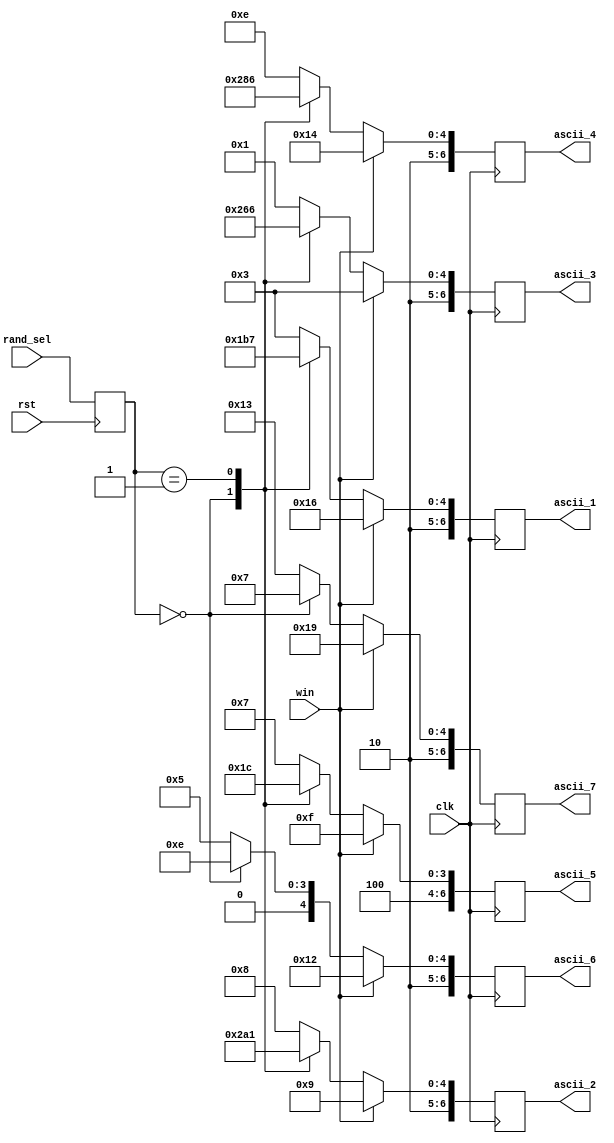
`timescale 1ns / 1ps
//////////////////////////////////////////////////////////////////////////////////
// Company: 
// Engineer: 
// 
// Design Name: 
// Module Name:    word_gen 
// Project Name: 
// Target Devices: 
// Tool versions: 
// Description: 
//
// Dependencies: 
//
// Revision: 
// Revision 0.01 - File Created
// Additional Comments: 
//
//////////////////////////////////////////////////////////////////////////////////
module word_gen(input clk,
					input rst,
					input[1:0] rand_sel,
					input win,
					output reg[6:0] ascii_1,
					output reg[6:0] ascii_2,
					 output reg[6:0] ascii_3,
					 output reg[6:0] ascii_4,   
					 output reg[6:0] ascii_5,
					 output reg[6:0] ascii_6,
					 output reg[6:0] ascii_7
    );
	 
	reg[1:0] word; //word select
	always@(posedge rst) begin
		word <= rand_sel;
	end

 always @(posedge (clk)) begin
	if(win == 0) begin

	case(word)
		2'b00: begin
			ascii_1 <= 7'b1001101; // M
			ascii_2 <= 7'b1010101; // U
			ascii_3 <= 7'b1010011; // S
			ascii_4 <= 7'b1010100; // T
			ascii_5 <= 7'b1000001; // A
			ascii_6 <= 7'b1001110; // N
			ascii_7 <= 7'b1000111; // G
		end
	  2'b01: begin
      ascii_1 <= 7'b1010111; // W
      ascii_2 <= 7'b1000001; // A
      ascii_3 <= 7'b1000110; // F
      ascii_4 <= 7'b1000110; // F
      ascii_5 <= 7'b1001100; // L
      ascii_6 <= 7'b1000101; // E
      ascii_7 <= 7'b1010011; // S
    end
	  2'b11: begin
      ascii_1 <= 7'b1000011; // C
      ascii_2 <= 7'b1001000; // H
      ascii_3 <= 7'b1000001; // A
      ascii_4 <= 7'b1001110; // N
      ascii_5 <= 7'b1000111; // G
      ascii_6 <= 7'b1000101; // E
      ascii_7 <= 7'b1010011; // S
    end
	 default: begin
	  ascii_1 <= 7'b1000011; // C
      ascii_2 <= 7'b1001000; // H
      ascii_3 <= 7'b1000001; // A
      ascii_4 <= 7'b1001110; // N
      ascii_5 <= 7'b1000111; // G
      ascii_6 <= 7'b1000101; // E
      ascii_7 <= 7'b1010011; // S
	 end
	endcase
	end
	else if(win == 1) begin
	  ascii_1 <= 7'b1010110; // V
      ascii_2 <= 7'b1001001; // I
      ascii_3 <= 7'b1000011; // C
      ascii_4 <= 7'b1010100; // T
      ascii_5 <= 7'b1001111; // O
      ascii_6 <= 7'b1010010; // R
      ascii_7 <= 7'b1011001; // Y
	end
 end

endmodule